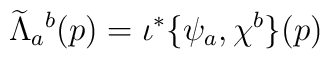
\widetilde \Lambda_a{}^b(p) = \iota^*\{\psi_a, \chi^b\}(p)